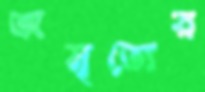
অমৃত্যের